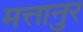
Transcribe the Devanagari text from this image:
मत्तानुर